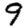
Digit: 9